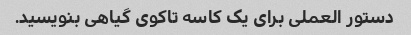
دستور العملی برای یک کاسه تاکوی گیاهی بنویسید.